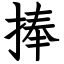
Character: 捧